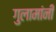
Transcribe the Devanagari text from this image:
गुलामांनी